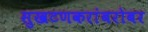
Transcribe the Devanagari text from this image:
सुखटणकरांबरोबर